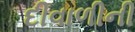
દીવાળીની